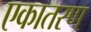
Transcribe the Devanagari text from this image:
एकातरण